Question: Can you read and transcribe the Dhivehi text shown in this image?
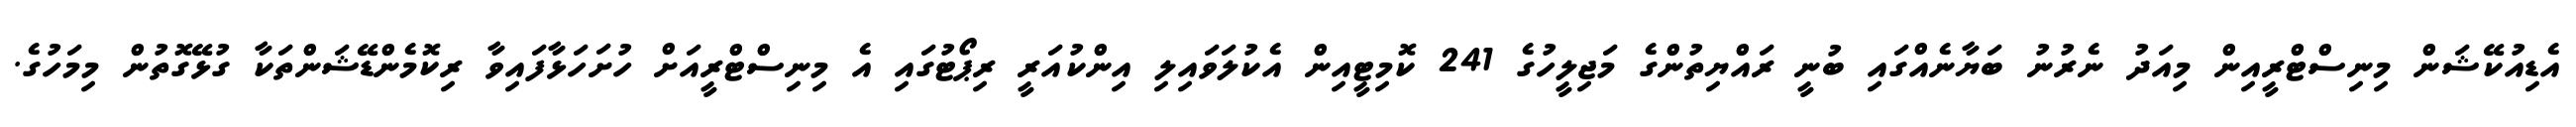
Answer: އެޑިއުކޭޝަން މިނިސްޓްރީއިން މިއަދު ނެރުނު ބަޔާނެއްގައި ބުނީ ރައްޔިތުންގެ މަޖިލީހުގެ 241 ކޮމިޓީއިން އެކުލަވައިލި އިންކުއަރީ ރިޕޯޓުގައި އެ މިނިސްޓްރީއަށް ހުށަހަޅާފައިވާ ރިކޮމެންޑޭޝަންތަކާ ގުޅޭގޮތުން މިމަހުގެ.